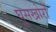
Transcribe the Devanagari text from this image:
घूसखोरों